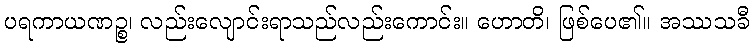
ပရကာယဏဉ္စ၊ လည်းလျောင်းရာသည်လည်းကောင်း။ ဟောတိ၊ ဖြစ်ပေ၏။ အဿသခီ